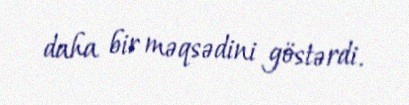
daha bir məqsədini göstərdi.